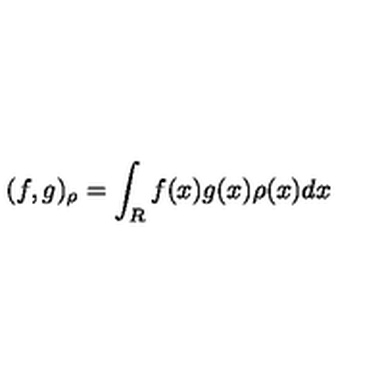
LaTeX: ( f , g ) _ { \rho } = \int _ { R } f ( x ) g ( x ) \rho ( x ) d x